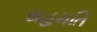
સહમતિ